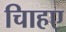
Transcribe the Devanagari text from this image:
चािहए